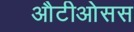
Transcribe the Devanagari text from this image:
औटीओसस